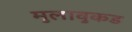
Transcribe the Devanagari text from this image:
मुलावुकड